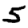
Digit: 5